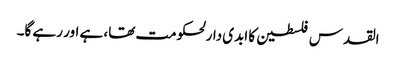
القدس فلسطین کا ابدی دارلحکومت تھا، ہے اور رہے گا۔